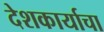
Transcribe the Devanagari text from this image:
देशकार्याचा